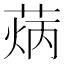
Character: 𦳼